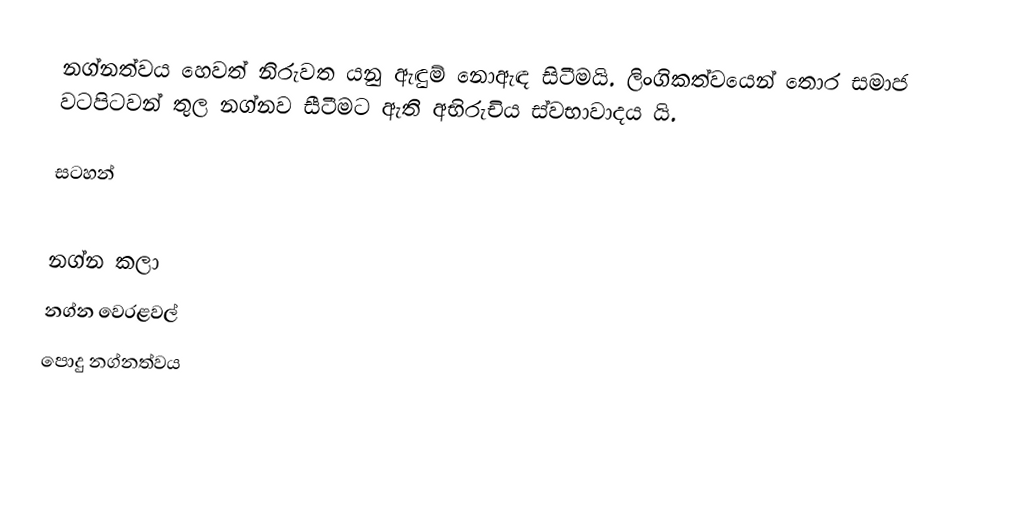
නග්නත්වය හෙවත් නිරුවත යනු ඇඳුම් නොඇඳ සිටීමයි. ලිංගිකත්වයෙන් තොර සමාජ වටපිටවන් තුල නග්නව සීටීමට ඇති අභිරුචිය ස්වභාවාදය යි.

සටහන්

නග්න කලා
නග්න වෙරළවල්
පොදු නග්නත්වය